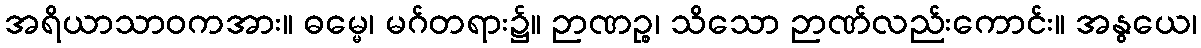
အရိယာသာဝကအား။ ဓမ္မေ၊ မဂ်တရား၌။ ဉာဏဉ္စ၊ သိသော ဉာဏ်လည်းကောင်း။ အနွယေ၊